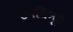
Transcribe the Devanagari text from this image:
उपधिभूत